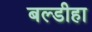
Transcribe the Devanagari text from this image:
बल्डीहा